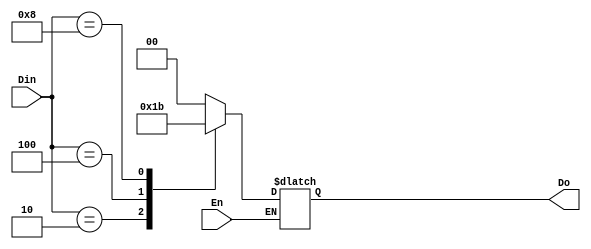
module Encoder(Do,Din,En);
input En;
input [3:0]Din;
output [1:0]Do;

reg [1:0]Do;

always @ (En or Din)
begin
if(En)
begin
case(Din)
4'b0001: Do = 2'b00;
4'b0010: Do = 2'b01;
4'b0100: Do = 2'b10;
4'b1000: Do = 2'b11;
default: Do = 2'bzz;
endcase
end
end
endmodule

module enc;
reg [3:0]Din;
reg En;
wire [1:0]Do;
Encoder uut(.Do(Do),.Din(Din),.En(En));
initial
begin
$dumpfile("test.vcd");
$dumpvars(0,enc);
En = 1;
Din = 4'b0001;#100;
Din = 4'b0010;#100;
Din = 4'b0100;#100;
Din = 4'b1000;#100;
end
endmodule